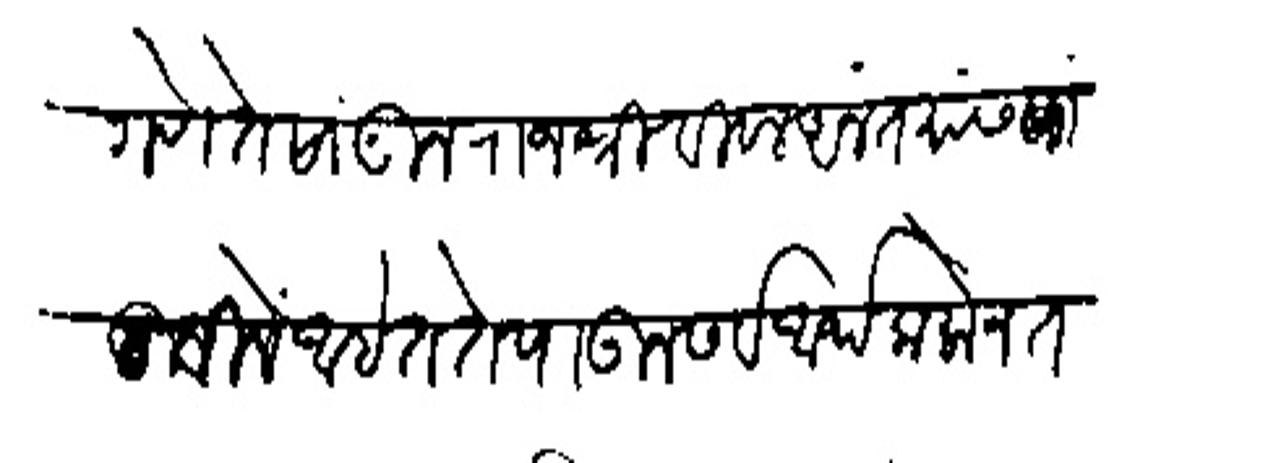
Transliteration (Devanagari): सांगणे ते सांगून राजश्री विठल अनंत यांस पाठविलें आहेत ते पाऊन सर्व आर्थ कलोन तदानसार